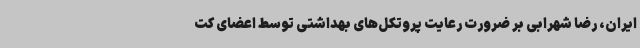
ایران، رضا شهرابی بر ضرورت رعایت پروتکل‌های بهداشتی توسط اعضای کت